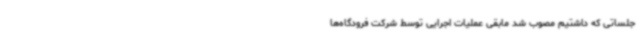
جلساتی که داشتیم مصوب شد مابقی عملیات اجرایی توسط شرکت فرودگاه‌ها